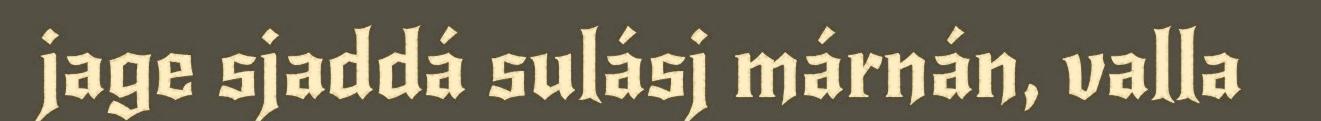
jage sjaddá sulásj márnán, valla